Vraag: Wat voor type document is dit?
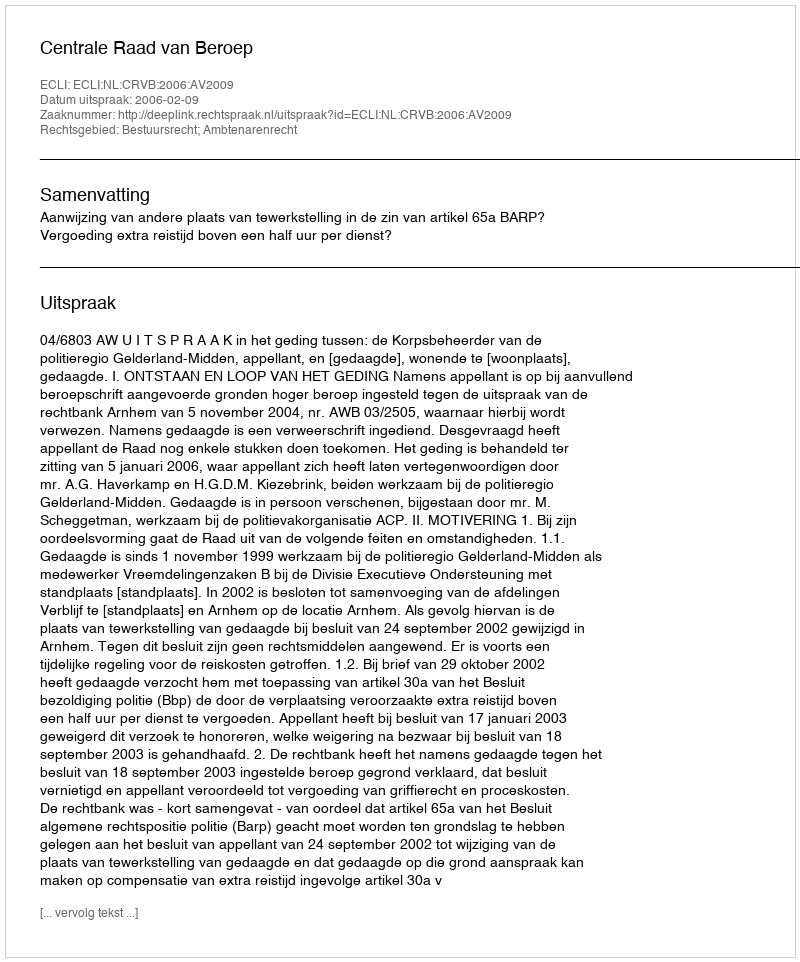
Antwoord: Uitspraak